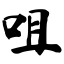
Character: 咀